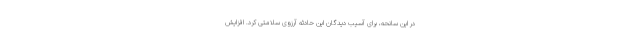
در این سانحه، برای آسیب دیدگان این حادثه آرزوی سلامتی کرد. افزایش